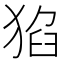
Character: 𤟅